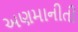
અણમાનીતી